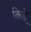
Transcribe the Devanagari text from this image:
किडे़